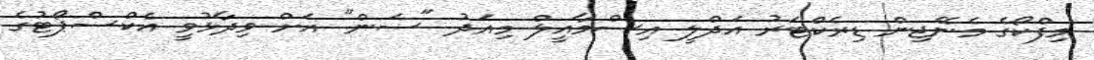
މިފްކޯގެ މެނޭޖިން ޑިރެކްޓަރު އަދްލީ އިސްމާއީލް މިއަދު "ސަން" އަށް ވިދާޅުވީ އެކްސްޕޯޓުގެ